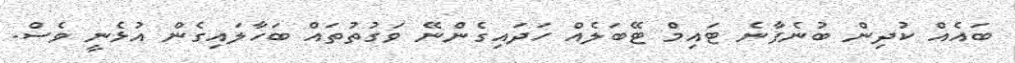
ބައެއް ކުދިން ބުނެފާނެ ޓައިމް ޓޭބަލެއް ހަދައިގެންނޭ ވަގުތުތައް ބަހާލައިގެން އުޅެނީ ވެސް.